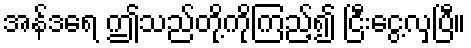
အန်ဒရေ ဤသည်တို့ကိုကြည့်၍ ငြီးငွေ့လှပြီ။